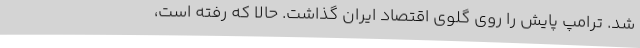
شد. ترامپ پایش را روی گلوی اقتصاد ایران گذاشت. حالا که رفته است،